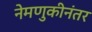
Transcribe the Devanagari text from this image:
नेमणुकीनंतर